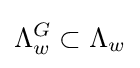
\Lambda _{w}^{G}\subset \Lambda _{w}